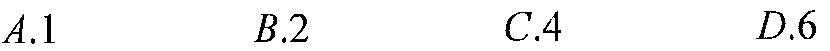
\(A.1\)  \(\ \ \ \ \ B.2\)  \(\ \ \ \ \ C.4\)  \(\ \ \ \ \ D.6\)